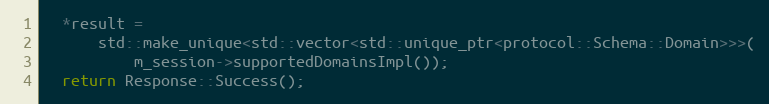
Language: C++
  *result =
      std::make_unique<std::vector<std::unique_ptr<protocol::Schema::Domain>>>(
          m_session->supportedDomainsImpl());
  return Response::Success();